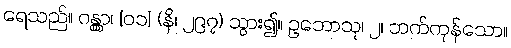
ရေသည်။ ဂန္တွာ၊ [၀၁] (နိ၊ ၂၉၇) သွား၍။ ဥဘောသု၊ ၂၊ ဘက်ကုန်သော။